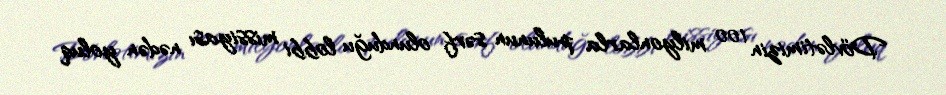
Dövlətimizin 100 milyonlarla pulunun sərf olunduğu lobbi missiyası nədən yoluq